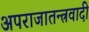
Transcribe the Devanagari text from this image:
अपराजातन्त्रवादी